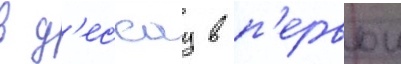
в д'ессау в п'ервои